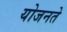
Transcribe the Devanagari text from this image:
योजनते